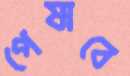
পেষাবে